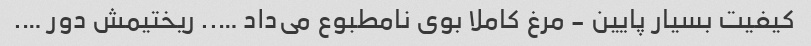
کیفیت بسیار پایین - مرغ کاملا بوی نامطبوع می‌داد ….. ریختیمش دور ….